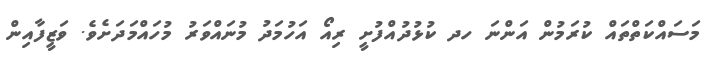
މަސައްކަތްތައް ކުރަމުން އަންނަ ހދ ކުޅުދުއްފުށީ ރިއޯ އަހުމަދު މުނައްވަރު މުހައްމަދަށެވެ. ވަޒީފާއިން